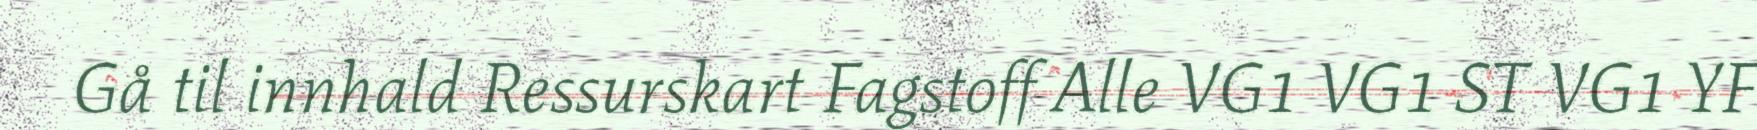
Gå til innhald Ressurskart Fagstoff Alle VG1 VG1 ST VG1 YF